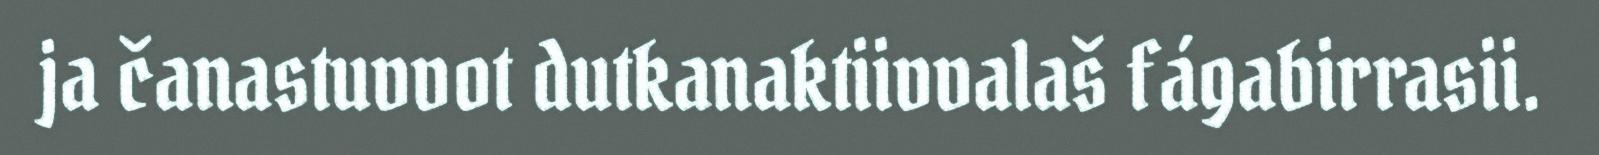
ja čanastuvvot dutkanaktiivvalaš fágabirrasii.